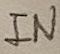
Text: IN